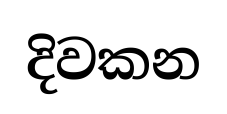
දිවකන